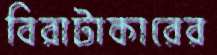
বিরাটাকারের